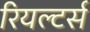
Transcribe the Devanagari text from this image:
रियल्टर्स